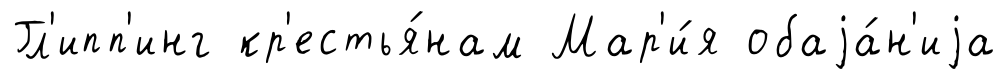
Гл'ипп'инг кр'естья́нам Мар'и́я обаjа́н'иjа